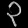
Digit: ၃